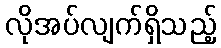
လိုအပ်လျက်ရှိသည့်